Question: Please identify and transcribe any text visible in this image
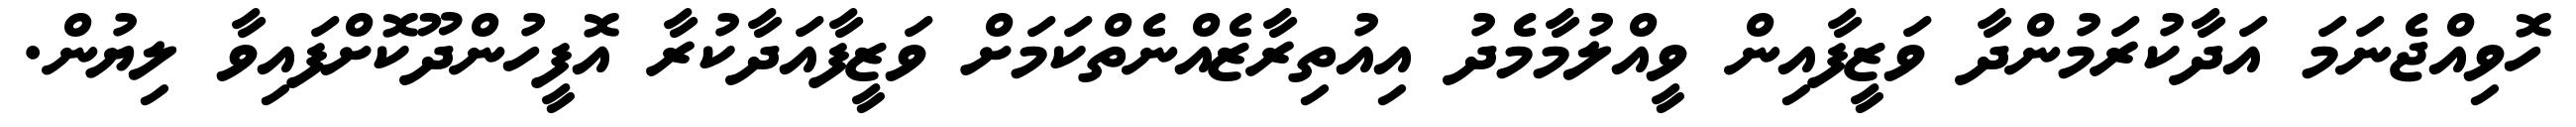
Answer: ހޮވިއްޖެނަމަ އަދާކުރަމުންދާ ވަޒީފާއިން ވީއްލުމާމެދު އިއުތިރާޒެއްނެތްކަމަށް ވަޒީފާއަދާކުރާ އޮފީހުންދޫކޮށްފައިވާ ލިޔުން.